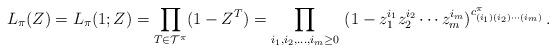
LaTeX: \begin{align*} L_\pi(Z)= L_\pi(1;Z) = \prod_{T\in {\cal T}^\pi} (1-Z^T) = \prod_{i_1,i_2,\ldots,i_m\geq 0}\ (1 - z_1^{i_1}z_2^{i_2}\cdots z_m^{i_m})^{c^\pi_{(i_1)(i_2)\cdots(i_m)}} \,.\end{align*}